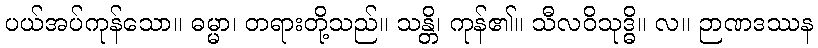
ပယ်အပ်ကုန်သော။ ဓမ္မာ၊ တရားတို့သည်။ သန္တိ၊ ကုန်၏။ သီလဝိသုဒ္ဓိ။ လ။ ဉာဏဒဿန